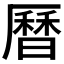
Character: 曆